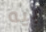
بيه